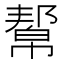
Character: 幚